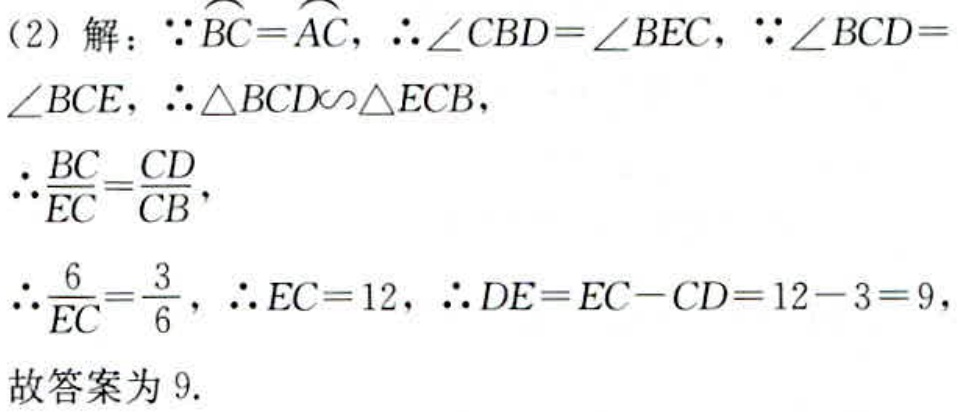
（2）解：\(\because\overset{\frown}{BC}=\overset{\frown}{AC}\)，\(\therefore\angle CBD = \angle BEC\)，\(\because\angle BCD = \angle BCE\)，\(\therefore\triangle BCD\sim\triangle ECB\)，
\(\therefore\frac{BC}{EC}=\frac{CD}{CB}\)，
\(\therefore\frac{6}{EC}=\frac{3}{6}\)，\(\therefore EC = 12\)，\(\therefore DE=EC - CD = 12 - 3 = 9\)，
故答案为\(9\).